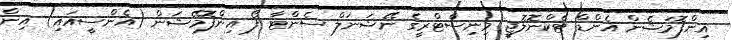
އިންފޮމަޝެން އެންޑް ޓެކްނޮލޮޖީ މިނިސްޓްރީގެ ނޭޝަނަލް ސެންޓާ ފޯ އިންފޮމޭޝަން (އެންސީއައި) އިން